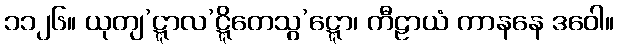
၁၁၂၆။ ယုတျ’ဋ္ဋာလ’ဋ္ဋိတေသွ’ဋ္ဋော၊ ကီဠာယံ ကာနနေ ဒဝေါ။